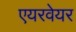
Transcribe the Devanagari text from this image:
एयरवेयर